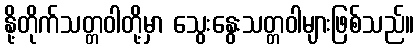
နို့တိုက်သတ္တဝါတို့မှာ သွေးနွေးသတ္တဝါများဖြစ်သည်။